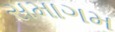
સમાગમ